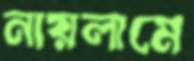
নায়লামে